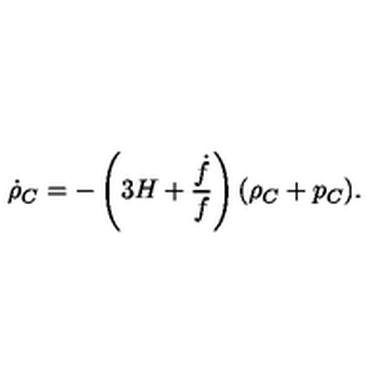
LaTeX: \dot { \rho } _ { C } = - \left( 3 H + \frac { \dot { f } } { f } \right) ( \rho _ { C } + p _ { C } ) .